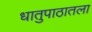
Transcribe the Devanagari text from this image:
धातुपाठातला